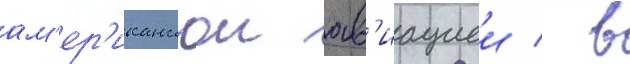
ам'ер'иканскои ав'иациеи / в